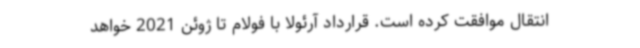
انتقال موافقت کرده است. قرارداد آرئولا با فولام تا ژوئن 2021 خواهد